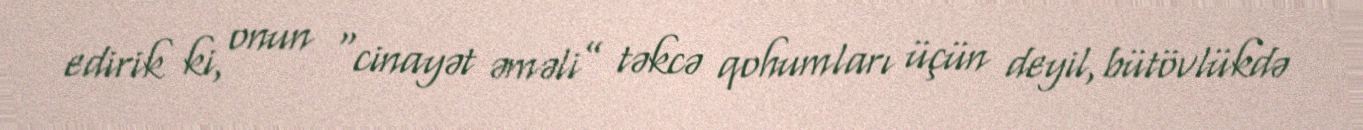
edirik ki, onun “cinayət əməli” təkcə qohumları üçün deyil, bütövlükdə